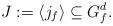
LaTeX: \begin{align*}J := \langle j_f \rangle \subseteq G_f^d.\end{align*}